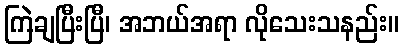
ကြဲချပြီးပြီ၊ အဘယ်အရာ လိုသေးသနည်း။